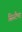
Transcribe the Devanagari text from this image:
सिस्टैमा